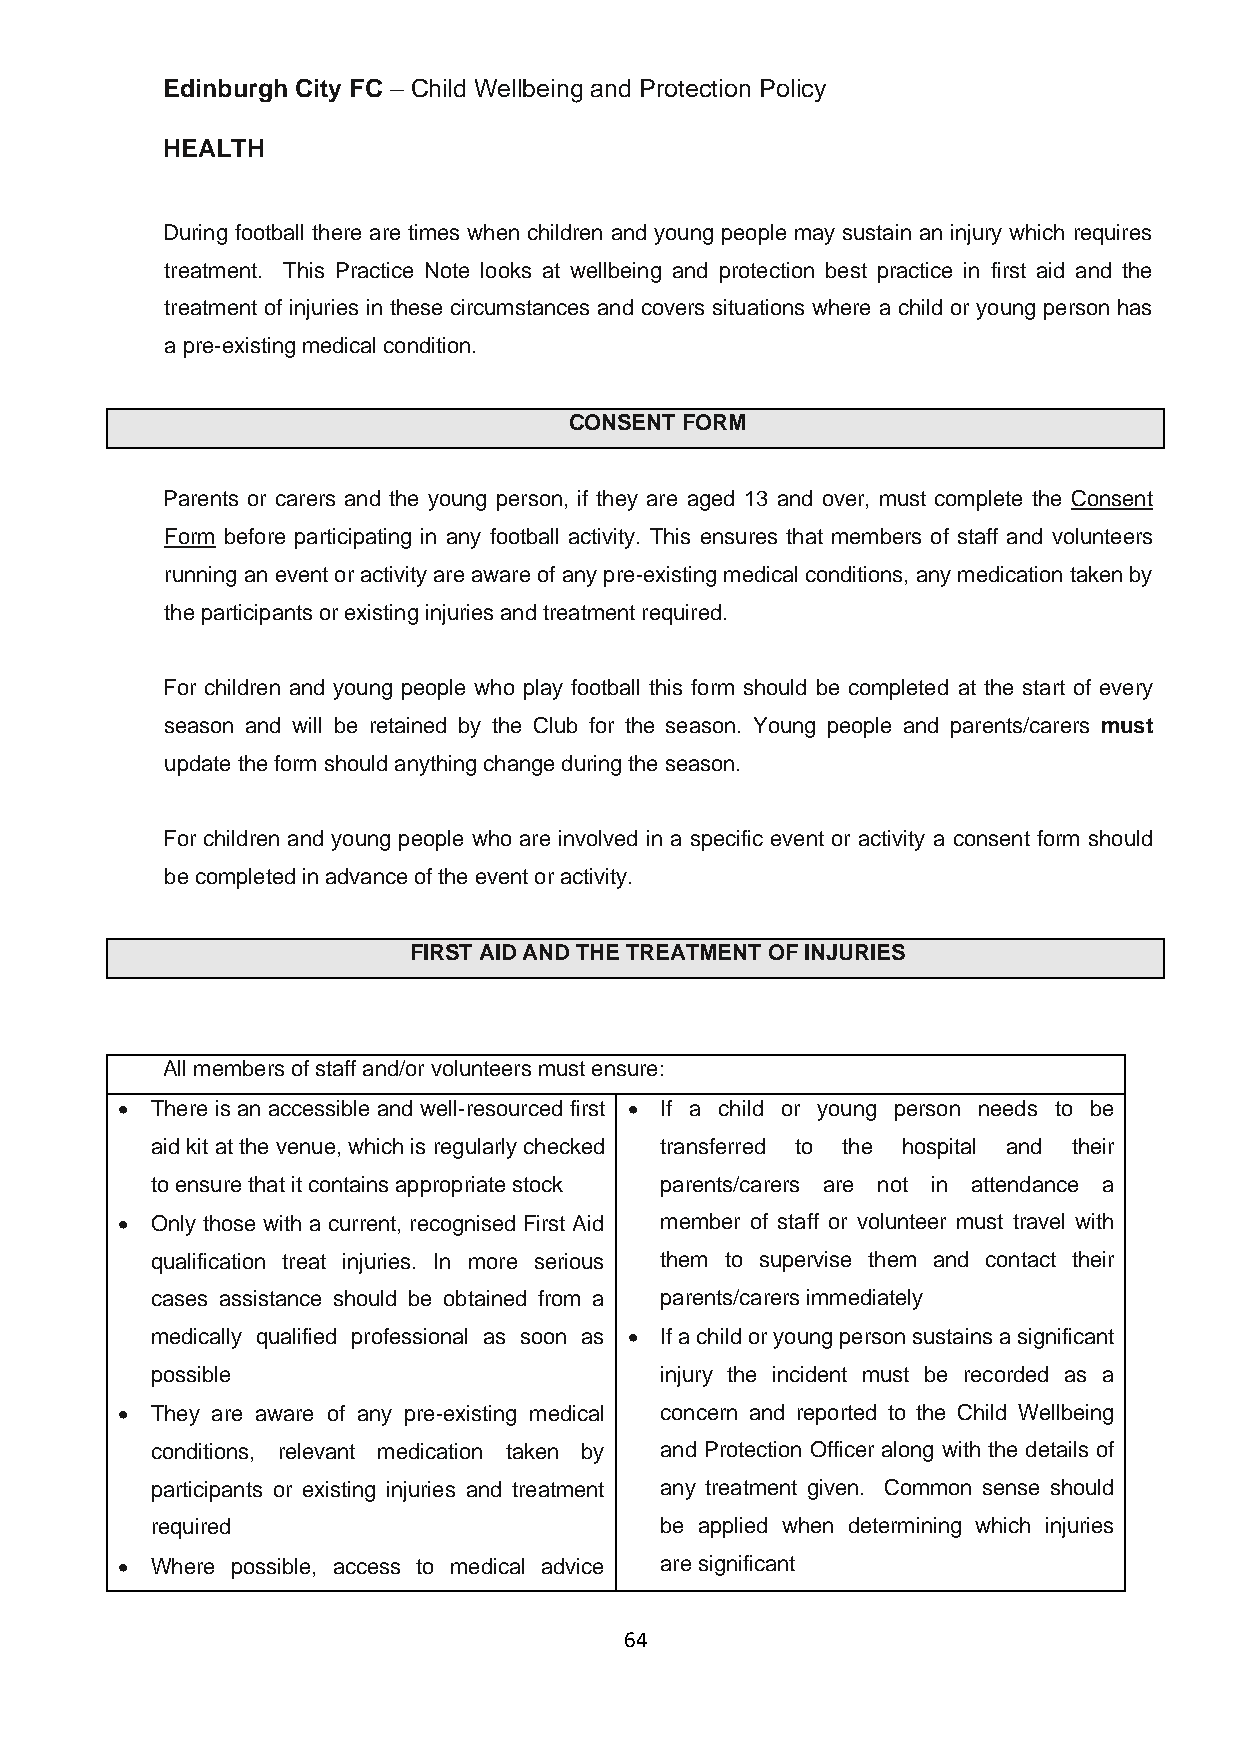
Edinburgh City FC – Child Wellbeing and Protection Policy
 HEALTH
 During football there are times when children and young people may sustain an injury which requires
 treatment. This Practice Note looks at wellbeing and protection best practice in first aid and the
 treatment of injuries in these circumstances and covers situations where a child or young person has
 a pre-existing medical condition.
 CONSENT FORM
 Parents or carers and the young person, if they are aged 13 and over, must complete the Consent
 Form before participating in any football activity. This ensures that members of staff and volunteers
 running an event or activity are aware of any pre-existing medical conditions, any medication taken by
 the participants or existing injuries and treatment required.
 For children and young people who play football this form should be completed at the start of every
 season and will be retained by the Club for the season. Young people and parents/carers must
 update the form should anything change during the season.
 For children and young people who are involved in a specific event or activity a consent form should
 be completed in advance of the event or activity.
 FIRST AID AND THE TREATMENT OF INJURIES
 All members of staff and/or volunteers must ensure:
 • There is an accessible and well-resourced first • If a child or young person needs to be
 aid kit at the venue, which is regularly checked transferred to the hospital and their
 to ensure that it contains appropriate stock parents/carers are not in attendance a
 • Only those with a current, recognised First Aid member of staff or volunteer must travel with
 qualification treat injuries. In more serious them to supervise them and contact their
 cases assistance should be obtained from a parents/carers immediately
 medically qualified professional as soon as • If a child or young person sustains a significant
 possible                          injury the incident must be recorded as a
 • They are aware of any pre-existing medical concern and reported to the Child Wellbeing
 conditions, relevant medication taken by and Protection Officer along with the details of
 participants or existing injuries and treatment any treatment given. Common sense should
 required                          be applied when determining which injuries
 • Where possible, access to medical advice are significant
 64